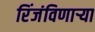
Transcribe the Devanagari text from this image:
रिंजंविणार्‍या